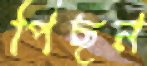
পিছন